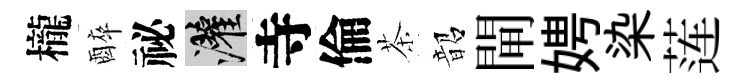
櫳醉祕灌寺倫茶韶閘娉染莲